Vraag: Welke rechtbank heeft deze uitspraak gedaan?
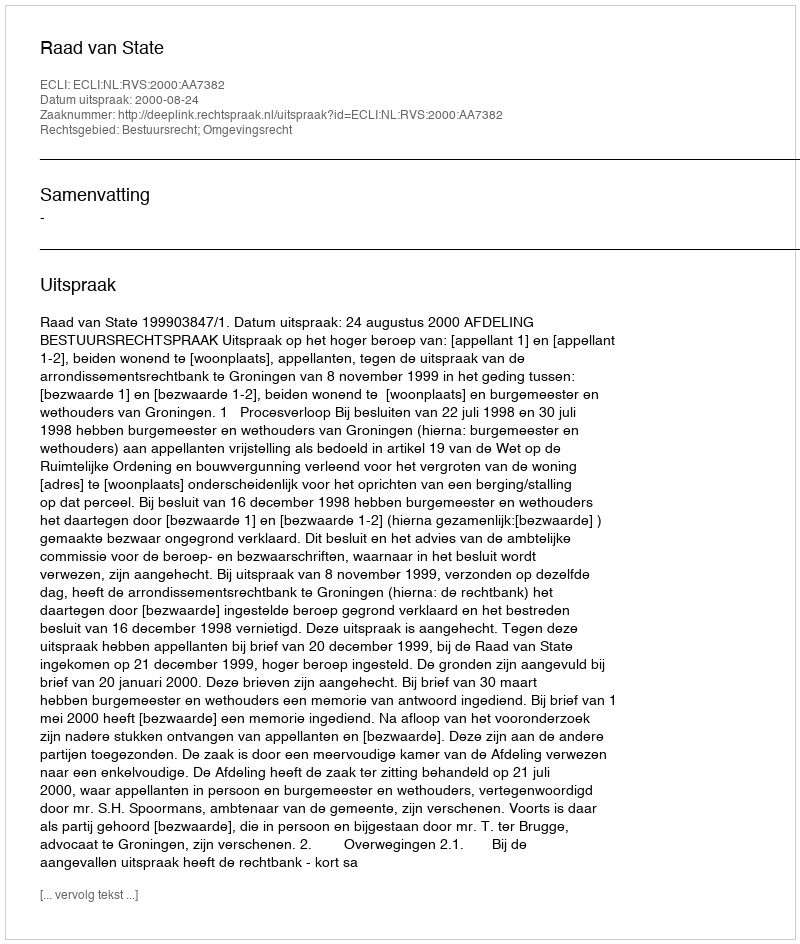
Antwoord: Raad van State